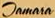
Jamain